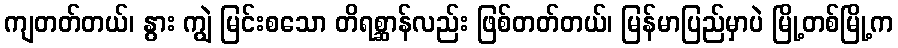
ကျတတ်တယ်၊ နွား ကျွဲ မြင်းစသော တိရစ္ဆာန်လည်း ဖြစ်တတ်တယ်၊ မြန်မာပြည်မှာပဲ မြို့တစ်မြို့က